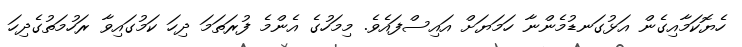
ހެޔޮކަމާއިގެން އަޅުގަނޑުމެންނާ ހަމަޔަށް އައިސްފައެވެ. މިމަހުގެ އެންމެ ފުރަތަމަ ދިހަ ކަމުގައިވާ ރަހުމަތުގެދިހަ